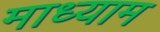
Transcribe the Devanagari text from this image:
माध्याम